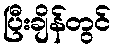
ပြီးချိန်တွင်